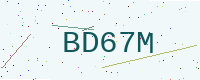
Text: BD67M